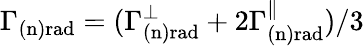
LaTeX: \Gamma_{\mathrm{(n)rad}}=(\Gamma_{\mathrm{(n)rad}}^{\perp}+2\Gamma_{\mathrm{(n)rad}}^{\parallel})/3